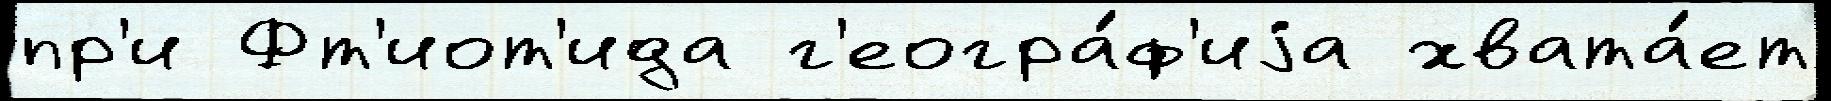
пр'и Фт'иот'ида г'еогра́ф'иjа хвата́ет